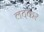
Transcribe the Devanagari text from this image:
लटकर